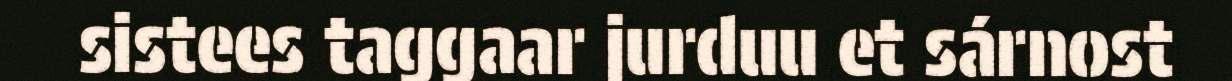
sistees taggaar jurduu et sárnost